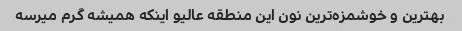
بهترین و خوشمزه‌ترین نون این منطقه عالیو اینکه همیشه گرم میرسه